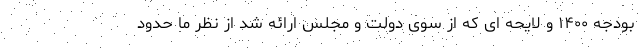
بودجه ۱۴۰۰ و لایحه ای که از سوی دولت و مجلس ارائه شد از نظر ما حدود